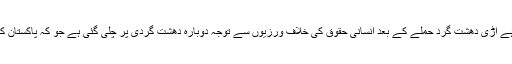
جہاں تک مسلہ کشمیر کا تعلق ہے اڑی دھشت گرد حملے کے بعد انسانی حقوق کی خلاف ورزیوں سے توجہ دوبارہ دھشت گردی پر چلی گئی ہے جو کہ پاکستان کے حق میں صیع ثابت نہیں ھوا۔